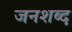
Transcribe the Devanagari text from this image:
जनशब्द